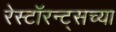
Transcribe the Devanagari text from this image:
रेस्टॉरन्ट्सच्या